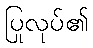
ပြုလုပ်၏